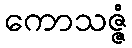
ကောသဇ္ဇံ